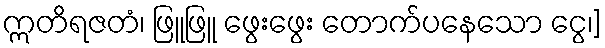
ဣတိရဇတံ၊ ဖြူဖြူ ဖွေးဖွေး တောက်ပနေသော ငွေ၊]